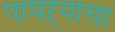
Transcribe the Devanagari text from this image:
पायऱ्याचा